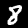
Label: 8